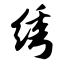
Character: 绣